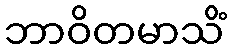
ဘာဝိတမာသိံ